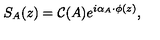
S _ { A } ( z ) = { \cal C } ( A ) e ^ { i \alpha _ { A } \cdot \phi ( z ) } ,